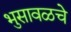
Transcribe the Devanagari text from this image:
भुसावळचे